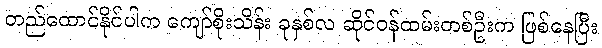
တည်ထောင်နိုင်ပါက ကျော်စိုးသိန်း ခုနှစ်လ ဆိုင်ဝန်ထမ်းတစ်ဦးက ဖြစ်နေပြီး